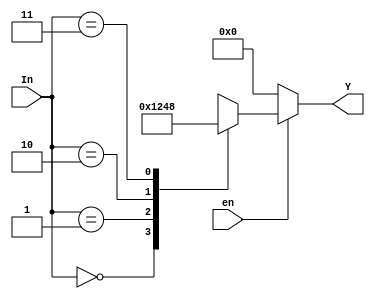
`timescale 1ns / 1ps
//////////////////////////////////////////////////////////////////////////////////
// Company: 
// Engineer: 
// 
// Design Name: 
// Module Name:    DECODER 
// Project Name: 
// Target Devices: 
// Tool versions: 
// Description: 
//
// Dependencies: 
//
// Revision: 
// Revision 0.01 - File Created
// Additional Comments: 
//
//////////////////////////////////////////////////////////////////////////////////
module decoder2x4(In, en, Y);
input [1:0]In;
input en;
output reg [3:0] Y;
always@(In or en) begin
    if(en == 1'b1) begin
        case(In)
            2'b00: Y = 4'b0001;
            2'b01: Y = 4'b0010;
            2'b10: Y = 4'b0100;
            2'b11: Y = 4'b1000;
				default: Y = 4'b0000;
        endcase
    end
    else
        Y = 4'b0000;
end
endmodule